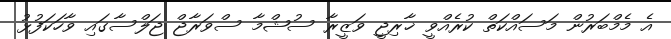
އެ މެމްބަރުން މަސައްކަތް ކުރެއްވީ ޚާރިޖީ ވަޒީރާ ސުޝްމާ ސްވަރާޖް ޖަލްސާގައި ވާހަކަފުޅު